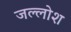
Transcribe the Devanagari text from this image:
जल्लोश